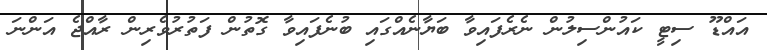
އައްޑޫ ސިޓީ ކައުންސިލުން ނެރެފައިވާ ބަޔާނެއްގައި ބުނެފައިވާ ގޮތުން ފަތުރުވެރިން ރާއްޖެ އަންނަ